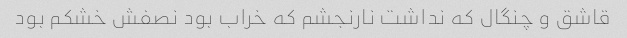
قاشق و چنگال که نداشت نارنجشم که خراب بود نصفش خشکم بود